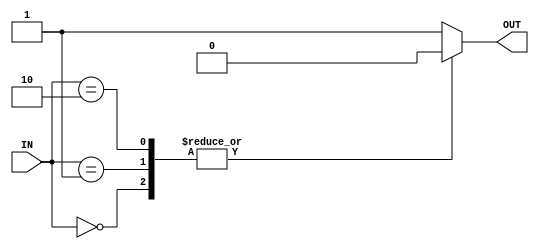
`timescale 1ns / 1ps
//////////////////////////////////////////////////////////////////////////////////
// Company: 
// Engineer: 
// 
// Design Name: 
// Module Name:    DECO_ESTADO 
// Project Name: 
// Target Devices: 
// Tool versions: 
// Description: 
//
// Dependencies: 
//
// Revision: 
// Revision 0.01 - File Created
// Additional Comments: 
//
//////////////////////////////////////////////////////////////////////////////////
module DECO_ESTADO(IN,OUT);
	input[2:0] IN;
	output reg OUT;
	
	always@(IN)
		case(IN)
				3'd0: OUT=1'b0;
				3'd1: OUT=1'b0;
				3'd2: OUT=1'b0;
				3'd3: OUT=1'b1;
				3'd4: OUT=1'b1;
				3'd5: OUT=1'b1;
				default OUT=1'b1;
		endcase


endmodule